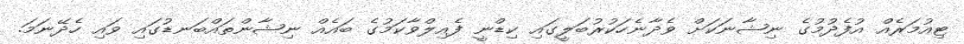
ޓިއުމަރެއް އުފެދުމުގެ ނިޝާނަކަށް ވެދާނެހަކުރުބަލީގައި ކިޑްނީ ފެއިލްވާކަމުގެ ބައެއް ނިޝާންތައްބަނޑުގައި ވައި ހެދޭނަމަ.